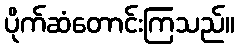
ပိုက်ဆံတောင်းကြသည်။